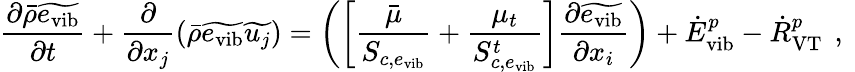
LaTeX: \frac{\partial\bar{\rho}\widetilde{e_{\mathrm{vib}}}}{\partial t}+\frac{\partial}{\partial x_{j}}\left(\bar{\rho}\widetilde{e_{\mathrm{vib}}}\widetilde{u_{j}}\right)=\left(\left[\frac{\bar{\mu}}{S_{c,e_{\mathrm{vib}}}}+\frac{\mu_{t}}{S_{c,e_{\mathrm{vib}}}^{t}}\right]\frac{\partial\widetilde{e_{\mathrm{vib}}}}{\partial x_{i}}\right)+{\dot{E}}_{\mathrm{vib}}^{p}-{\dot{R}}_{\mathrm{VT}}^{p}\, \mathrm{~,~}